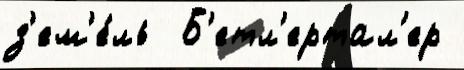
з'ем'е́ль  Б'етл'ертал'ер